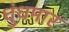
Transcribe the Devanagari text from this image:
धुंधमार